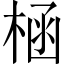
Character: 㮀